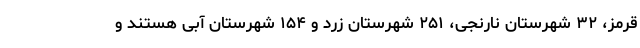
قرمز، ۳۲ شهرستان نارنجی، ۲۵۱ شهرستان زرد و ۱۵۴ شهرستان آبی هستند و